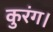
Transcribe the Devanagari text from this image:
कुरंग।